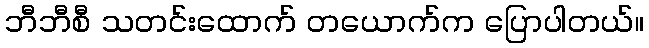
ဘီဘီစီ သတင်းထောက် တယောက်က ပြောပါတယ်။